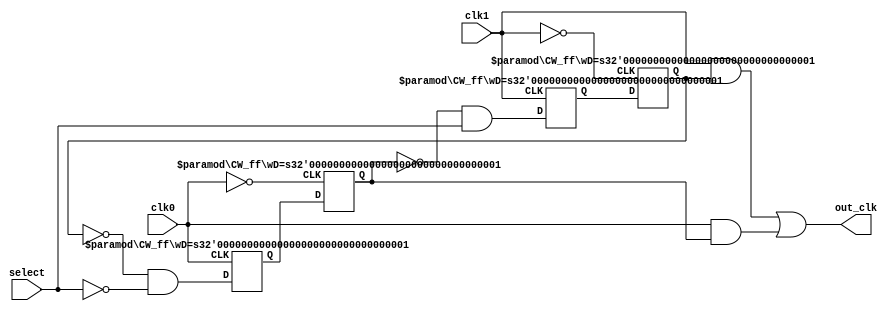
module ClockMux (
    input select,
    input clk0,
    input clk1,
    output out_clk
);
    wire q_t0;
    wire q_t1;
    wire q_b0;
    wire q_b1;

    CW_ff #(1) t0
    (
        .CLK(clk1),
        .D(!q_b1 & select),
        .Q(q_t0)
    );

    CW_ff #(1) t1
    (
        .CLK(!clk1),
        .D(q_t0),
        .Q(q_t1)
    );

    CW_ff #(1) b0
    (
        .CLK(clk0),
        .D(!q_t1 & !select),
        .Q(q_b0)
    );

    CW_ff #(1) b1
    (
        .CLK(!clk0),
        .D(q_b0),
        .Q(q_b1)
    );

    assign out_clk = (clk1 & q_t1) | (clk0 & q_b1);

endmodule

module CW_ff(CLK,D,Q);
parameter wD=1;
input CLK;
input [wD-1:0] D;
output [wD-1:0] Q;
reg [wD-1:0] Q;
wire [wD-1:0] D2 = D;
always @(posedge CLK) Q <= D2;
endmodule